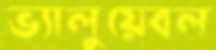
ভ্যালুয়েবল